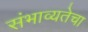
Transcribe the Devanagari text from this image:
संभाव्यतेचा